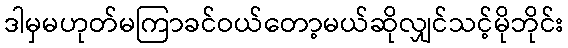
ဒါမှမဟုတ်မကြာခင်ဝယ်တော့မယ်ဆိုလျှင်သင့်မိုဘိုင်း